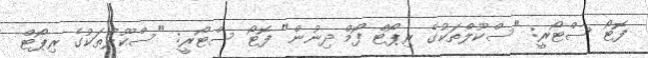
ފޮޓޯ ސްޓޯރީ: "ސްކޫލްތަކުގެ ރިޕޯޓް ފޯމް ދިނުން" ފޮޓޯ ސްޓޯރީ: "ސްކޫލްތަކުގެ ރިޕޯޓް